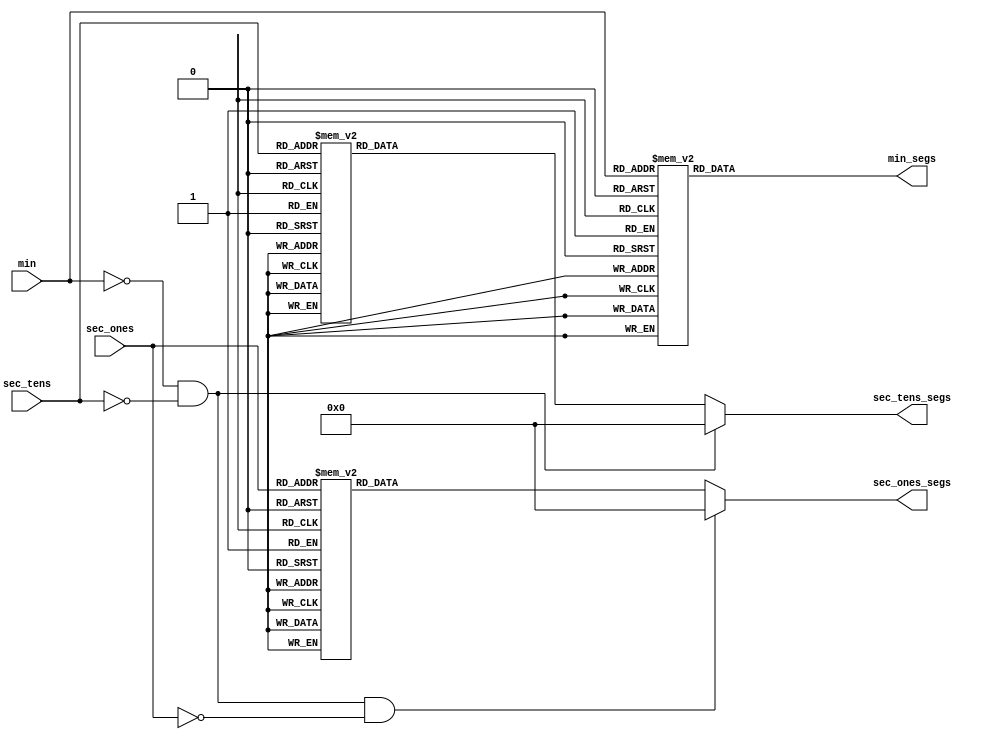
module BCD_decoder (input wire [3:0] sec_ones, sec_tens, min,
                      output reg [6:0] sec_ones_segs, sec_tens_segs, min_segs);

    always @(*) begin
        case(min)
            4'b0001 : min_segs = 7'b000_0110; // 1
            4'b0010 : min_segs = 7'b101_1011; // 2
            4'b0011 : min_segs = 7'b100_1111; // 3
            4'b0100 : min_segs = 7'b110_0110; // 4
            4'b0101 : min_segs = 7'b110_1101; // 5
            4'b0110 : min_segs = 7'b111_1101; // 6
            4'b0111 : min_segs = 7'b000_0111; // 7
            4'b1000 : min_segs = 7'b111_1111; // 8
            4'b1001 : min_segs = 7'b110_1111; // 9
            default : min_segs = 7'b000_0000;
        endcase

        if (min == 0 && sec_tens == 0) begin
            sec_tens_segs = 7'b000_0000;
        end else begin
            case(sec_tens)
                4'b0000 : sec_tens_segs = 7'b011_1111; // 0
                4'b0001 : sec_tens_segs = 7'b000_0110; // 1
                4'b0010 : sec_tens_segs = 7'b101_1011; // 2
                4'b0011 : sec_tens_segs = 7'b100_1111; // 3
                4'b0100 : sec_tens_segs = 7'b110_0110; // 4
                4'b0101 : sec_tens_segs = 7'b110_1101; // 5
                4'b0110 : sec_tens_segs = 7'b111_1101; // 6
                4'b0111 : sec_tens_segs = 7'b000_0111; // 7
                4'b1000 : sec_tens_segs = 7'b111_1111; // 8
                4'b1001 : sec_tens_segs = 7'b110_1111; // 9
                default : sec_tens_segs = 7'b000_0000;
            endcase
        end
        
        if (min == 0 && sec_tens == 0 && sec_ones == 0) begin
            sec_ones_segs = 7'b000_0000;
        end else begin
            case(sec_ones)
                4'b0000 : sec_ones_segs = 7'b011_1111; // 0
                4'b0001 : sec_ones_segs = 7'b000_0110; // 1
                4'b0010 : sec_ones_segs = 7'b101_1011; // 2
                4'b0011 : sec_ones_segs = 7'b100_1111; // 3
                4'b0100 : sec_ones_segs = 7'b110_0110; // 4
                4'b0101 : sec_ones_segs = 7'b110_1101; // 5
                4'b0110 : sec_ones_segs = 7'b111_1101; // 6
                4'b0111 : sec_ones_segs = 7'b000_0111; // 7
                4'b1000 : sec_ones_segs = 7'b111_1111; // 8
                4'b1001 : sec_ones_segs = 7'b110_1111; // 9
                default : sec_ones_segs = 7'b000_0000;
            endcase
        end
    end
endmodule